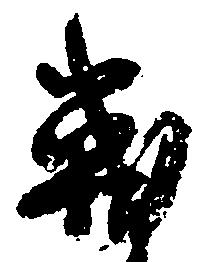
戦